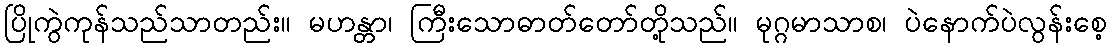
ပြိုကွဲကုန်သည်သာတည်း။ မဟန္တာ၊ ကြီးသောဓာတ်တော်တို့သည်။ မုဂ္ဂမာသာစ၊ ပဲနောက်ပဲလွန်းစေ့